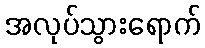
အလုပ်သွားရောက်